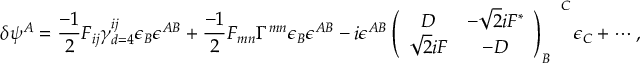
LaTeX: \delta \psi ^ { A } = \frac { - 1 } { 2 } { \cal F } _ { i j } \gamma _ { d = 4 } ^ { i j } \epsilon _ { B } \epsilon ^ { A B } + \frac { - 1 } { 2 } { \cal F } _ { m n } \Gamma ^ { m n } \epsilon _ { B } \epsilon ^ { A B } - i \epsilon ^ { A B } \left( \begin{array} { c c } { { D } } & { { - \sqrt { 2 } i F ^ { * } } } \\ { { \sqrt { 2 } i F } } & { { - D } } \end{array} \right) _ { B } ^ { ~ ~ ~ C } \epsilon _ { C } + \cdots ,